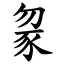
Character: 䝆